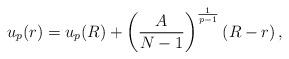
LaTeX: \begin{align*}u_p(r) = u_p(R) + \left(\frac{A}{N-1}\right)^{\frac{1}{p-1}}\left(R- r\right),\end{align*}